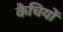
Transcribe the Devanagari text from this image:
कैचियों